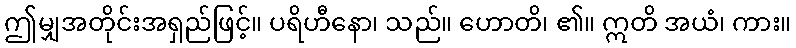
ဤမျှအတိုင်းအရှည်ဖြင့်။ ပရိဟီနော၊ သည်။ ဟောတိ၊ ၏။ ဣတိ အယံ၊ ကား။